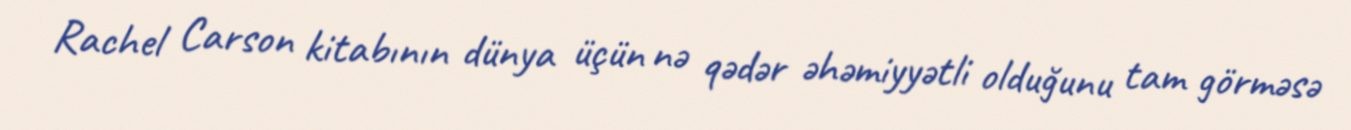
Rachel Carson kitabının dünya üçün nə qədər əhəmiyyətli olduğunu tam görməsə